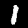
Label: 1